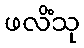
ဖလိံသု